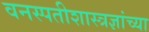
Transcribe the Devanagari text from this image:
वनस्पतीशास्त्रज्ञांच्या